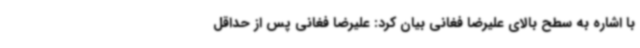
با اشاره به سطح بالای علیرضا فغانی بیان کرد: علیرضا فغانی پس از حداقل